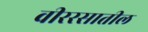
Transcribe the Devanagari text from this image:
वीररसातील